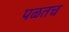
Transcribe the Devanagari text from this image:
पळतच